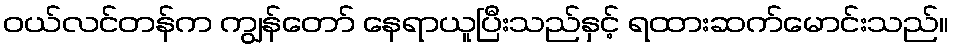
ဝယ်လင်တန်က ကျွန်တော် နေရာယူပြီးသည်နှင့် ရထားဆက်မောင်းသည်။